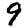
Digit: 9